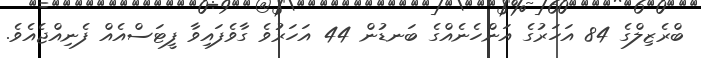
ބްރެޒިލްގެ 84 އަހަރުގެ އަންހެނެއްގެ ބަނޑުން 44 އަހަރުވެ ގާވެފައިވާ ފީޓަސްއެއް ފެނިއްޖެއެވެ.